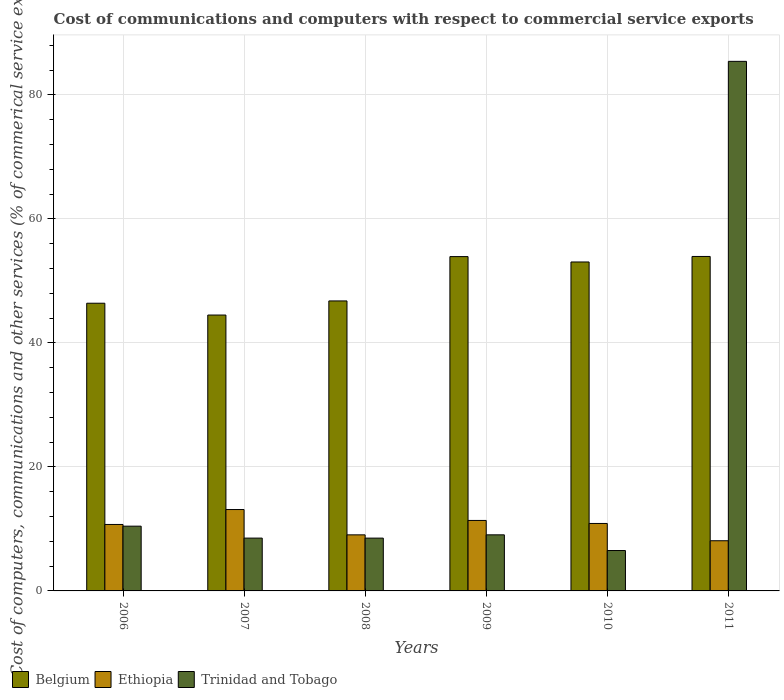
| Years | Belgium | Ethiopia | Trinidad and Tobago |
 | --- | --- | --- | --- |
 | 2006 | 46.4 | 10.7 | 10.4 |
 | 2007 | 44.5 | 13.1 | 8.52 |
 | 2008 | 46.8 | 9.04 | 8.52 |
 | 2009 | 53.9 | 11.4 | 9.05 |
 | 2010 | 53 | 10.9 | 6.51 |
 | 2011 | 53.9 | 8.09 | 85.4 |